Civil Veterinary Dept. Bombay admin report 1893-99 - 1893-1899
Year: 1893
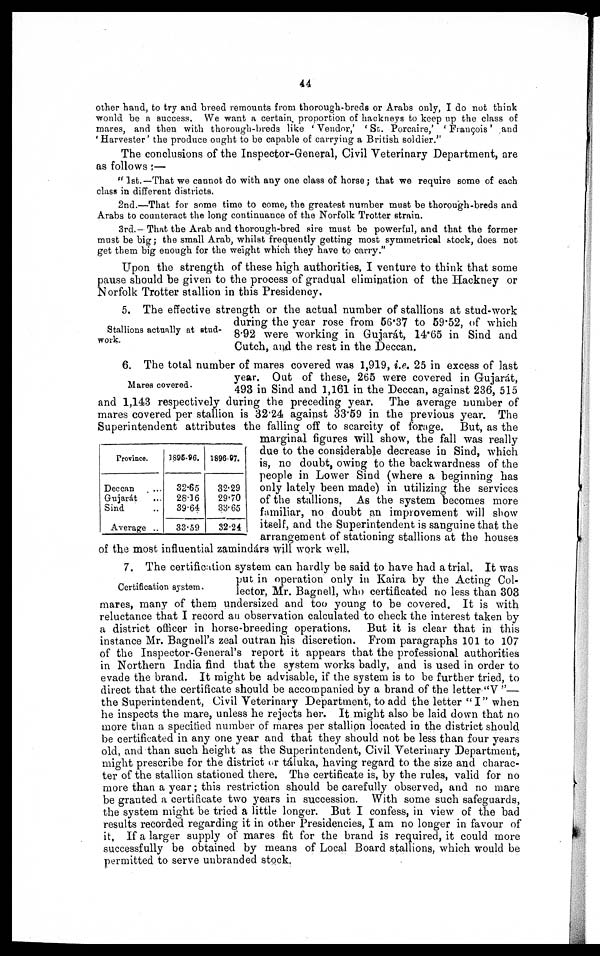
44
other hand, to try and breed remounts from thorough-breds or Arabs only, I do not think
would be a success. We want a certain proportion of hackneys to keep up the class of
mares, and then with thorough-breds like 'Vendor,' St. Porcaire,' 'François' and
'Harvester' the produce ought to be capable of carrying a British soldier."
The conclusions of the Inspector-General, Civil Veterinary Department, are
as follows:—
"1st.—That we cannot do with any one class of horse; that we require some of each
class in different districts.
2nd.—That for some time to come, the greatest number must be thorough-breds and
Arabs to counteract the long continuance of the Norfolk Trotter strain.
3rd.-That the Arab and thorough-bred sire must be powerful, and that the former
must be big; the small Arab, whilst frequently getting most symmetrical stock, does not
get them big enough for the weight which they have to carry."
Upon the strength of these high authorities, I venture to think that some
pause should be given to the process of gradual elimination of the Hackney or
Norfolk Trotter stallion in this Presidency.
Stallions actually at stud-
work.
5. The effective strength or the actual number of stallions at stud-work
during the year rose from 56.37 to 59.52, of which
8.92 were working in Gujarát, 14.65 in Sind and
Cutch, and the rest in the Deccan.
Mares covered.
Province.
Deccan
...
Gujarát ...
Sind ...
Average ..
1895-96.
32.65
28.16
39.64
33.59
1896-97.
32.29
29.70
33.65
32.24
6. The total number of mares covered was 1,919, i.e. 25 in excess of last
year. Out of these, 265 were covered in Gujarát,
493 in Sind and 1,161 in the Deccan, against 236, 515
and 1,143 respectively during the preceding year. The average number of
mares covered per stallion is 32.24 against 33.59 in the previous year. The
Superintendent attributes the falling off to scarcity of forage.
But, as the
marginal figures will show, the fall was really
due to the considerable decrease in Sind, which
is, no doubt, owing to the backwardness of the
people in Lower Sind (where a beginning has
only lately been made) in utilizing the services
of the stallions. As the system becomes more
familiar, no doubt an improvement will show
itself, and the Superintendent is sanguine that the
arrangement of stationing stallions at the houses
of the most influential zamindárs will work well.
Certification system.
7. The certification system can hardly be said to have had a trial. It was
put in operation only in Kaira by the Acting Col-
lector, Mr. Bagnell, who certificated no less than 303
mares, many of them undersized and too young to be covered. It is with
reluctance that I record an observation calculated to check the interest taken by
a district officer in horse-breeding operations.
But it is clear that in this
instance Mr. Bagnell's zeal outran his discretion. From paragraphs 101 to 107
of the Inspector-General's report it appears that the professional authorities
in Northern India find that the system works badly, and is used in order to
evade the brand. It might be advisable, if the system is to be further tried, to
direct that the certificate should be accompanied by a brand of the letter "V"—
the Superintendent, Civil Veterinary Department, to add the letter "I" when
he inspects the mare, unless he rejects her. It might also be laid down that no
more than a specified number of mares per stallion located in the district should
be certificated in any one year and that they should not be less than four years
old, and than such height as the Superintendent, Civil Veterinary Department,
might prescribe for the district or táluka, having regard to the size and charac-
ter of the stallion stationed there. The certificate is, by the rules, valid for no
more than a year; this restriction should be carefully observed, and no mare
be granted a certificate two years in succession. With some such safeguards,
the system might be tried a little longer. But I confess, in view of the bad
results recorded regarding it in other Presidencies, I am no longer in favour of
it. If a larger supply of mares fit for the brand is required, it could more
successfully be obtained by means of Local Board stallions, which would be
permitted to serve unbranded stock.